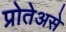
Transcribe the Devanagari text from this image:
प्रोतेअसे